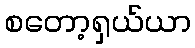
စတော့ရှယ်ယာ